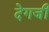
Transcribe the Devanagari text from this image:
देगजी